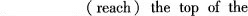
___ (reach) the top of the